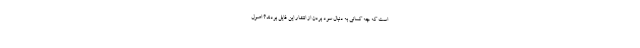
است که چه کسانی به دنبال سود بردن از انتشار این فایل بودند؟ اصول‌